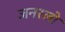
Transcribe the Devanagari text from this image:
जनरलो